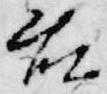
藤